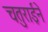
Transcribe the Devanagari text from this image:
चतुराईने